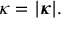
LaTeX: \kappa = | { \boldsymbol { \kappa } } | .